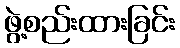
ဖွဲ့စည်းထားခြင်း